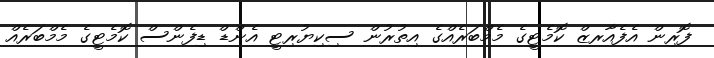
ފޮރިން އެފެއާރޒް ކޮމެޓީގެ މެމްބަރެއްގެ އިތުރުން ސިކިޔުރިޓީ އެންޑް ޑިފެންސް ކޮމެޓީގެ މެމްބަރެއް